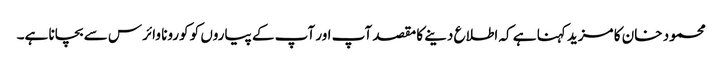
محمود خان کا مزید کہنا ہے کہ اطلاع دینے کا مقصد آپ اور آپ کے پیاروں کو کورونا وائرس سے بچانا ہے۔